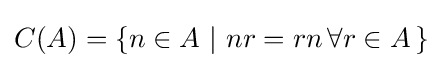
C(A)=\{n\in A\ |\ nr=rn\,\forall r\in A\,\}